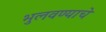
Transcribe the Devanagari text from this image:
भुलवण्याचे